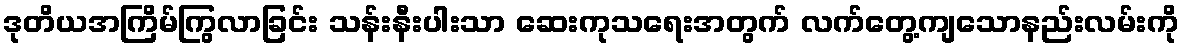
ဒုတိယအကြိမ်ကြွလာခြင်း သန်းနီးပါးသာ ဆေးကုသရေးအတွက် လက်တွေ့ကျသောနည်းလမ်းကို